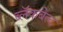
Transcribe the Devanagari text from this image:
ब्लॅकबेल्ट